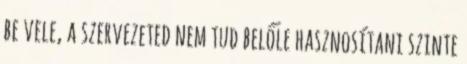
be vele, a szervezeted nem tud belőle hasznosítani szinte